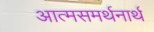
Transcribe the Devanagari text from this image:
आत्मसमर्थनार्थ